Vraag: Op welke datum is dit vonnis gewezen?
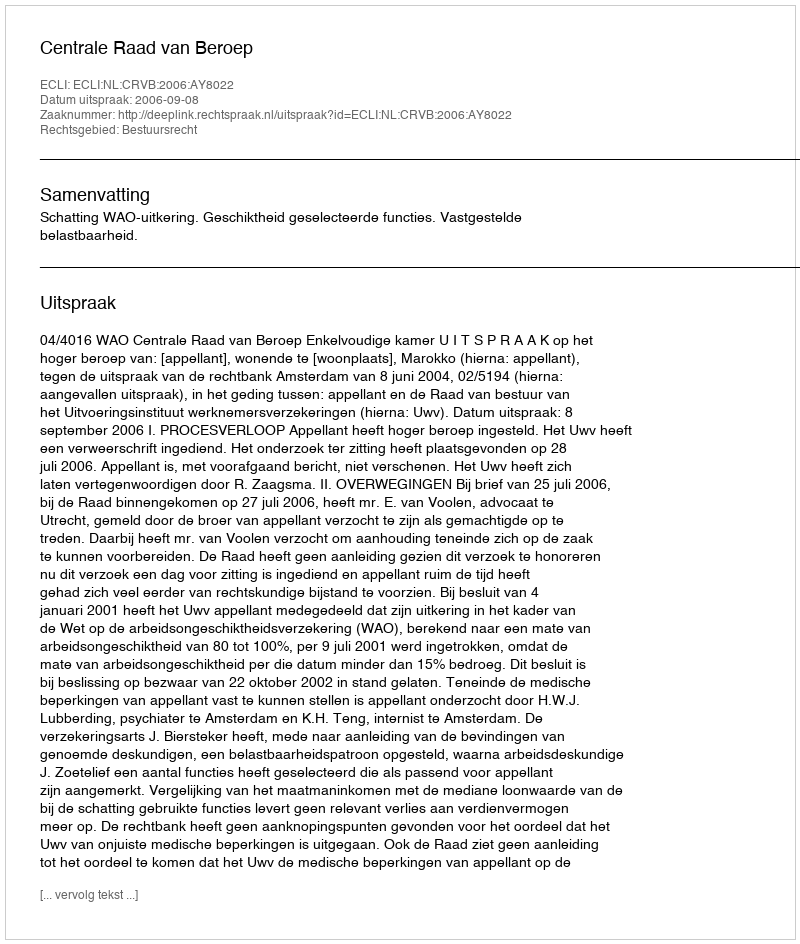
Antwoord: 2006-09-08